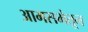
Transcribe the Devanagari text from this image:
आमसभेतून